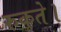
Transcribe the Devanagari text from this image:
रुकते।